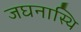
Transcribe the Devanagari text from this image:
जघनास्थि